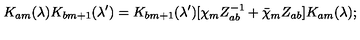
K _ { a m } ( \lambda ) K _ { b m + 1 } ( \lambda ^ { \prime } ) = K _ { b m + 1 } ( \lambda ^ { \prime } ) [ \chi _ { m } Z _ { a b } ^ { - 1 } + \bar { \chi } _ { m } Z _ { a b } ] K _ { a m } ( \lambda ) ;